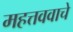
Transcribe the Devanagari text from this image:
महत्तववाचे